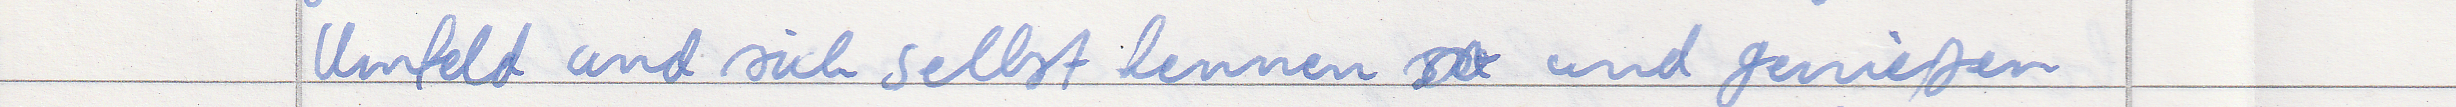
Umfeld und sich selbst kennen und genießen